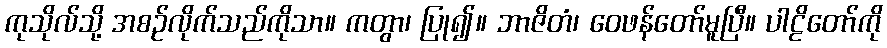
ကုသိုလ်သို့ အစဉ်လိုက်သည်ကိုသာ။ ကတွာ၊ ပြု၍။ ဘာဇိတံ၊ ဝေဖန်တော်မူပြီ။ ပါဠိတော်ကို